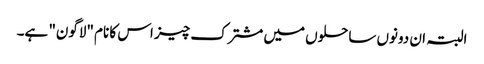
البتہ ان دونوں ساحلوں میں مشترک چیز اس کا نام "لاگون" ہے۔